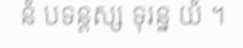
នំ បទន្តស្ស ទុរន្ន យំ ។